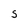
Character: S